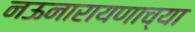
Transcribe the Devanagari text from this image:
नऊनारायणाच्या